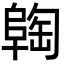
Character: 𬯈